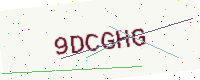
Text: 9DCGHG